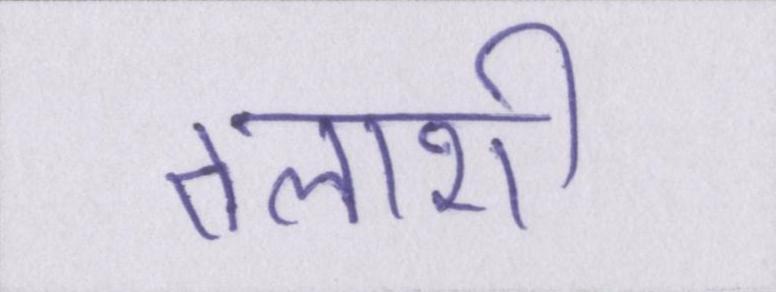
तलाशी